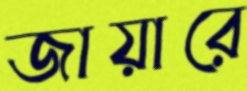
জায়ারে